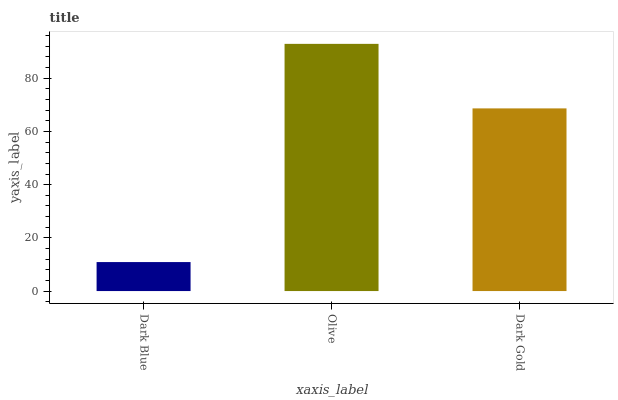
| xaxis_label | bars |
 | --- | --- |
 | Dark Blue | 10.9 |
 | Olive | 92.9 |
 | Dark Gold | 68.7 |